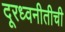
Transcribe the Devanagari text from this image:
दूरध्वनीतीची